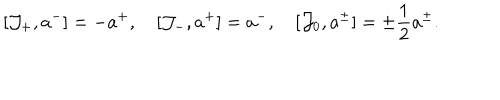
LaTeX: [ { \cal J } _ { + } , a ^ { - } ] = - a ^ { + } , \quad [ { \cal J } _ { - } , a ^ { + } ] = a ^ { - } , \quad [ { \cal J } _ { 0 } , a ^ { \pm } ] = \pm \frac { 1 } { 2 } a ^ { \pm } .